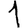
Digit: 1